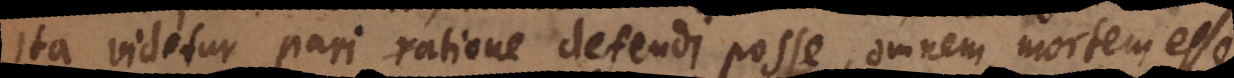
ita videtur pari ratione defendi posse, omnem mortem esse